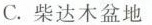
C.柴达木盆地